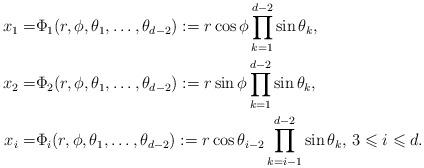
LaTeX: \begin{align*} x_1 =& \Phi_1(r,\phi,\theta_1,\ldots,\theta_{d-2}) := r \cos\phi \prod_{k=1}^{d-2}\sin\theta_k, \\ x_2 =& \Phi_2(r,\phi,\theta_1,\ldots,\theta_{d-2}) := r \sin\phi \prod_{k=1}^{d-2}\sin\theta_k, \\ x_i =& \Phi_i(r,\phi,\theta_1,\ldots,\theta_{d-2}) := r \cos\theta_{i-2} \prod_{k=i-1}^{d-2}\sin\theta_k,\,3\leqslant i\leqslant d. \end{align*}